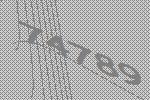
74789